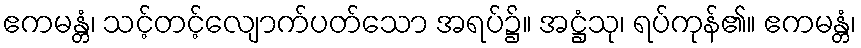
ဧကမန္တံ၊ သင့်တင့်လျောက်ပတ်သော အရပ်၌။ အဋ္ဌံသု၊ ရပ်ကုန်၏။ ဧကမန္တံ၊